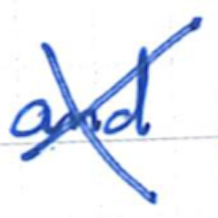
Text: and
Cross-out: mix
Writing tool: ballpoint